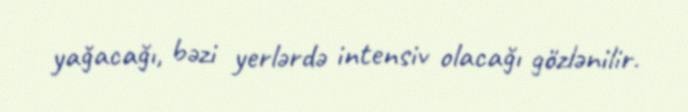
yağacağı, bəzi yerlərdə intensiv olacağı gözlənilir.